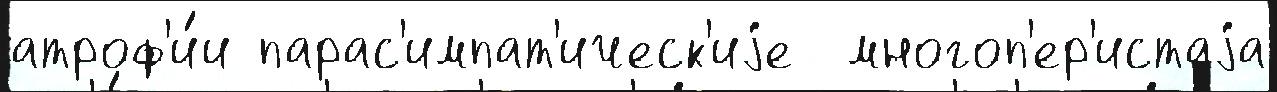
атроф'и́и парас'импат'ическ'иjе  многоп'ер'истаjа